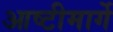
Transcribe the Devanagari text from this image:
आष्टीमार्गे